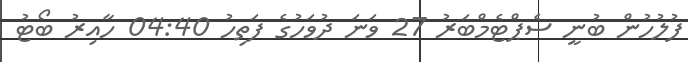
ފުލުހުން ބުނީ ސެޕްޓެމްބަރު 27 ވަނަ ދުވަހުގެ ފަތިހު 04:40 ހާއިރު ބޯޓު